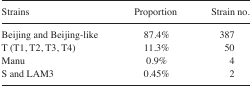
| Strains | Proportion | Strain no. |
 | --- | --- | --- |
 | Beijing and Beijing-like | 87.4% | 387 |
 | T (T1, T2, T3, T4) | 11.3% | 50 |
 | Manu | 0.9% | 4 |
 | S and LAM3 | 0.45% | 2 |